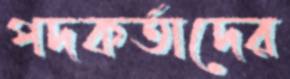
পদকর্তাদের